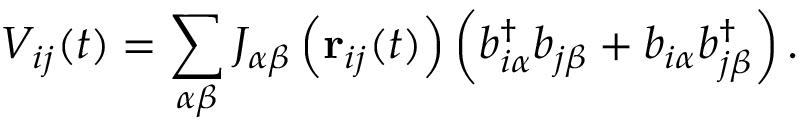
V _ { i j } ( t ) = \sum _ { \alpha \beta } J _ { \alpha \beta } \left( { \bf r } _ { i j } ( t ) \right) \left( b _ { i \alpha } ^ { \dagger } b _ { j \beta } + b _ { i \alpha } b _ { j \beta } ^ { \dagger } \right) .